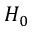
H _ { 0 }